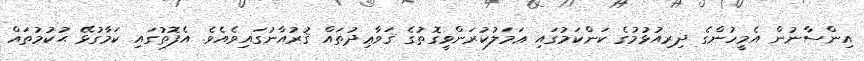
އިންސާނުން އެމީހުންގެ ދިރިއުޅުމުގެ ކަންކަމުގައި ޢަމަލުކުރަންވީގޮތުގެ ޤަވާޢިދުތައް ޤުރުއާނުގައިވެއެވެ. އެފޮތުގައި ކަމާގުޅޭ ޙުކުމުތައް